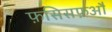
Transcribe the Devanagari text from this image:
फ़सिसफ़औ